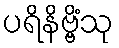
ပရိနိဗ္ဗိံသု